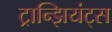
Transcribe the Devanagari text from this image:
ट्रान्झियंट्स